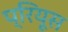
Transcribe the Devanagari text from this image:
प्रियूस